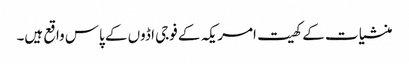
منشیات کے کھیت امریکہ کے فوجی اڈوں کے پاس واقع ہیں۔